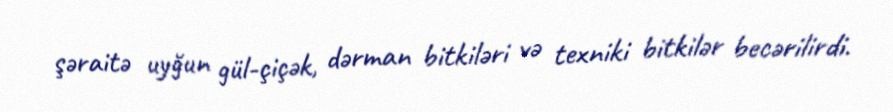
şəraitə uyğun gül-çiçək, dərman bitkiləri və texniki bitkilər becərilirdi.